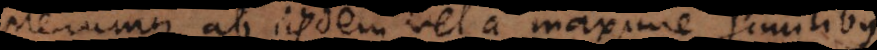
ab iisdem vel a maxime similibus